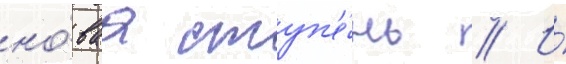
но́ваа ступ'е́нь // И́